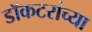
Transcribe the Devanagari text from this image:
डॉकटरांच्या